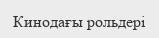
Кинодағы рольдері